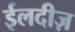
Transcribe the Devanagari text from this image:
ईलदीज़